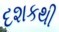
દશકથી